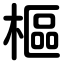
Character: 樞